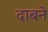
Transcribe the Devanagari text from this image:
दाबने